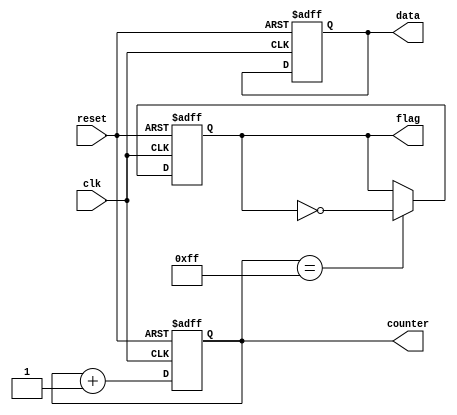
module default_state_initialization (
    input wire clk,          // Clock signal
    input wire reset,        // Asynchronous reset signal
    output reg [7:0] counter, // 8-bit counter
    output reg flag,         // Status flag
    output reg [15:0] data   // 16-bit data output
);

// Default state initialization
initial begin
    counter = 8'b0;          // Initialize counter to zero
    flag = 1'b0;             // Initialize flag to low (inactive)
    data = 16'b0;            // Initialize data to zero
end

// Synchronous reset logic
always @(posedge clk or posedge reset) begin
    if (reset) begin
        counter <= 8'b0;      // Reset counter to zero
        flag <= 1'b0;         // Reset flag to low
        data <= 16'b0;        // Reset data to zero
    end else begin
        // Example of typical behavior (incrementing counter and toggling flag)
        counter <= counter + 1; // Increment counter
        if(counter == 8'd255) begin
            flag <= ~flag;      // Toggle flag when counter reaches 255
        end
        // Additional behavior for data can be added here
    end
end

endmodule